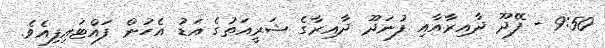
9:50 - ފޭދޫ ދާއިރާއާއި ފުނަދޫ ދާއިރާގެ ޝަރީއަތުގެ އަޑު އެހުން ފައްޓައިފިއެވެ.